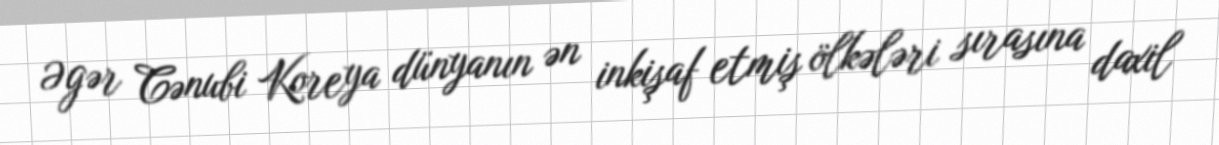
Əgər Cənubi Koreya dünyanın ən inkişaf etmiş ölkələri sırasına daxil